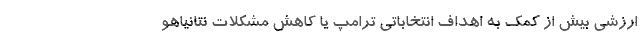
ارزشی بیش از کمک به اهداف انتخاباتی ترامپ یا کاهش مشکلات نتانیاهو